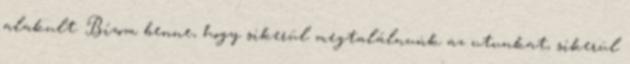
alakult. Bízom benne, hogy sikerül megtalálnunk az utunkat, sikerül